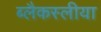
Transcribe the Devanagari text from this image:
ब्लैकस्लीया